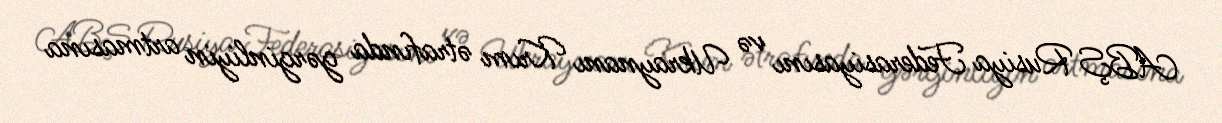
ABŞ Rusiya Federasiyasını və Ukraynanı Krım ətrafında gərginliyin artmasına